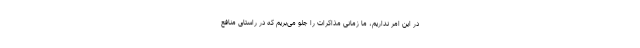
در این امر نداریم، ما زمانی مذاکرات را جلو می‌بریم که در راستای منافع